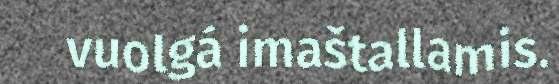
vuolgá imaštallamis.